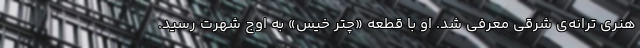
هنری ترانه‌ی شرقی معرفی شد. او با قطعه «چتر خیس» به اوج شهرت رسید.